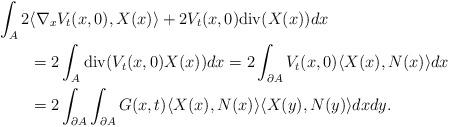
LaTeX: \begin{align*}\begin{aligned}&\int_{A}2\langle \nabla_{x}V_{t}(x,0),X(x)\rangle+2V_{t}(x,0)\mathrm{div}(X(x))dx\\&\qquad=2\int_{A}\mathrm{div}(V_{t}(x,0)X(x))dx=2\int_{\partial A}V_{t}(x,0)\langle X(x),N(x)\rangle dx\\&\qquad=2\int_{\partial A}\int_{\partial A}G(x,t)\langle X(x),N(x)\rangle\langle X(y),N(y)\rangle dxdy.\end{aligned}\end{align*}